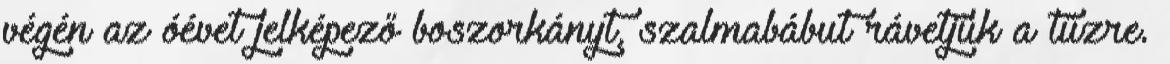
végén az óévet jelképező boszorkányt, szalmabábut rávetjük a tűzre.